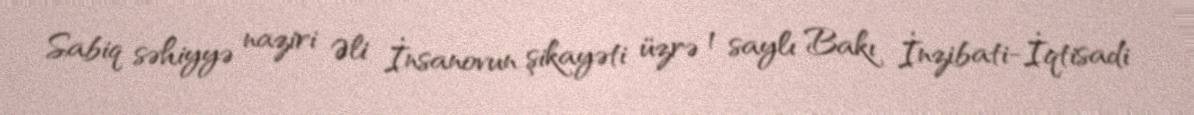
Sabiq səhiyyə naziri Əli İnsanovun şikayəti üzrə 1 saylı Bakı İnzibati-İqtisadi